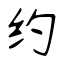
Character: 约